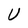
Character: U